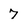
Character: 7